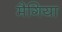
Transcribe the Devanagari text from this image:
मैगिया